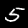
Digit: 5